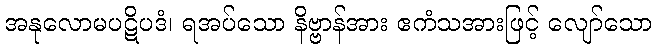
အနုလောမပဋိပဒံ၊ ရအပ်သော နိဗ္ဗာန်အား ဧကံသအားဖြင့် လျော်သော